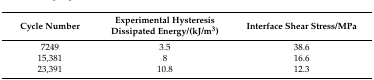
| Cycle Number | Experimental Hysteresis Dissipated Energy/(kJ/m3) | Interface Shear Stress/MPa |
 | --- | --- | --- |
 | 7249 | 3.5 | 38.6 |
 | 15,381 | 8 | 16.6 |
 | 23,391 | 10.8 | 12.3 |